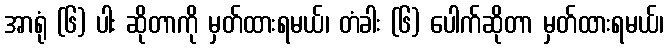
အာရုံ (၆) ပါး ဆိုတာကို မှတ်ထားရမယ်၊ တံခါး (၆) ပေါက်ဆိုတာ မှတ်ထားရမယ်၊